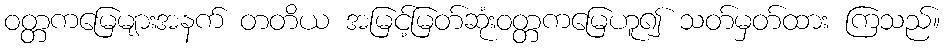
ဝတ္တကမြေများအနက် တတိယ အမြင့်မြတ်ဆုံးဝတ္တကမြေဟူ၍ သတ်မှတ်ထား ကြသည်။